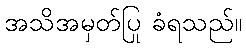
အသိအမှတ်ပြု ခံရသည်။